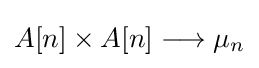
A[n]\times A[n]\longrightarrow \mu _{n}